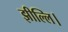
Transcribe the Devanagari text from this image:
झील्‍लि।